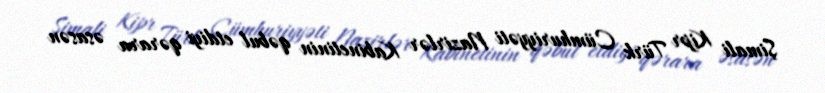
Şimali Kipr Türk Cümhuriyyəti Nazirlər Kabinetinin qəbul etdiyi qərara əsasən